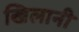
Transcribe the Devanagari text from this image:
खिलानी